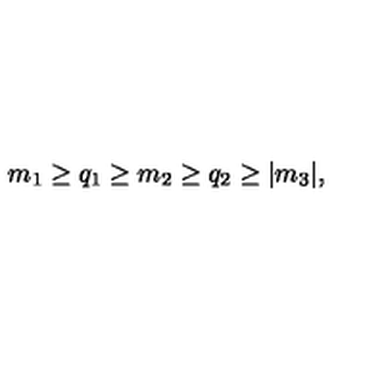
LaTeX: m _ { 1 } \ge q _ { 1 } \ge m _ { 2 } \ge q _ { 2 } \ge \vert m _ { 3 } \vert ,